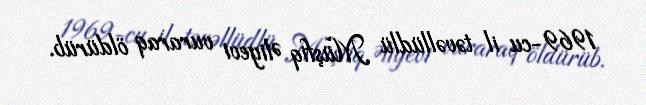
1969-cu il təvəllüdlü Müşfiq Əliyevi vuraraq öldürüb.